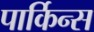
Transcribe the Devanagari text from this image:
पार्किन्स